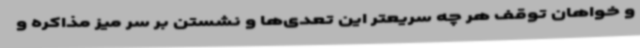
و خواهان توقف هر چه سریعتر این تعدی‌ها و نشستن بر سر میز مذاکره و